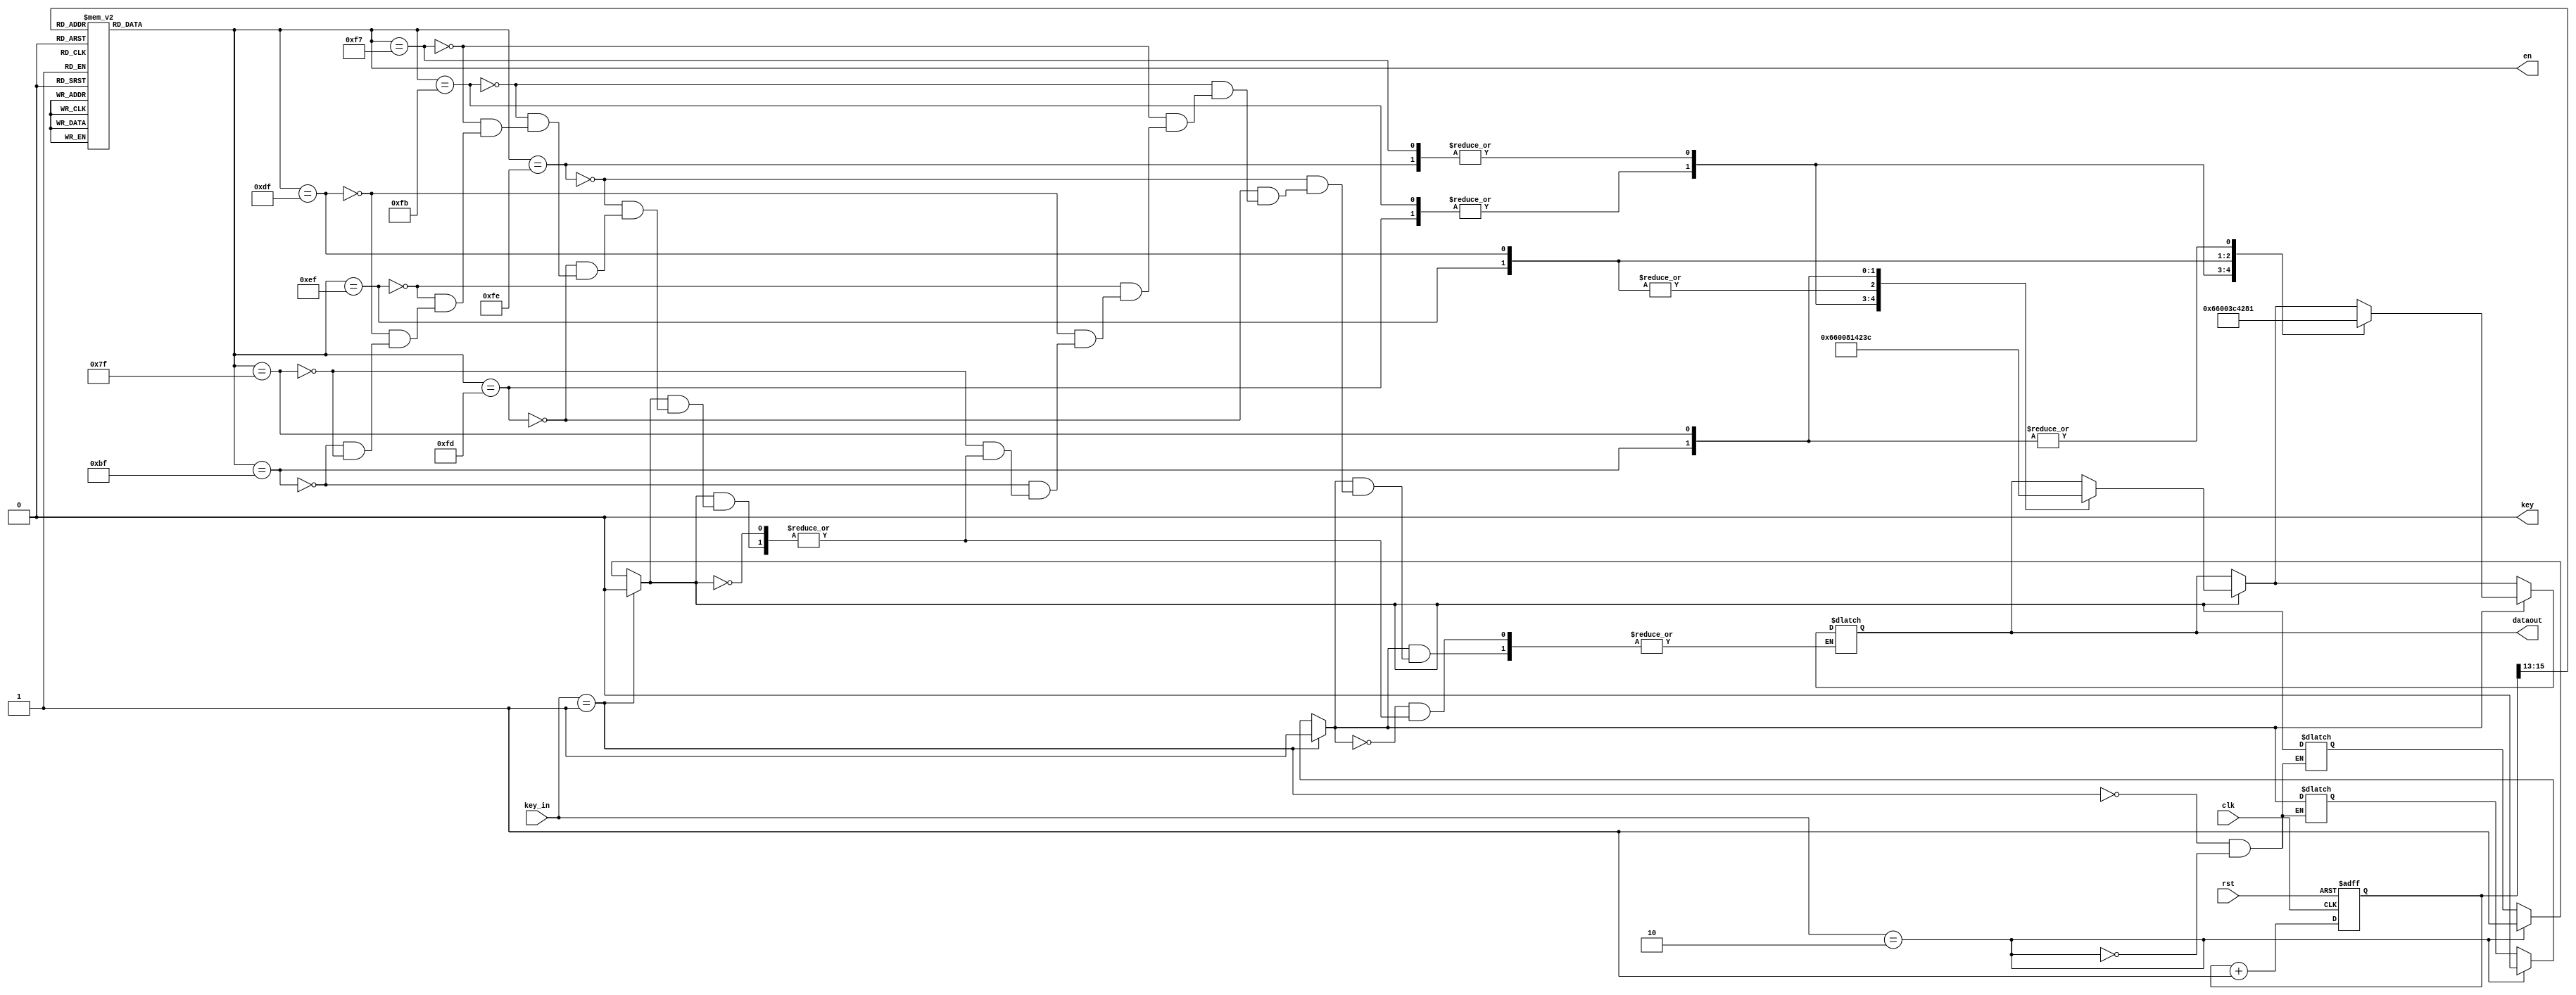
module exam3(clk,rst,dataout,key_in,key,en);
input clk,rst;
input[1:0] key_in;

output key=0;
output reg[7:0] dataout; 
output reg[7:0] en;    
   
reg key_1;
reg key_2;

reg[15:0] cnt_scan;

always@(posedge clk or negedge  rst)
begin
	if(!rst) begin cnt_scan<=0;end
	else begin cnt_scan<=cnt_scan+1;end
end

always @(cnt_scan)
begin
   case(cnt_scan[15:13])
       3'b000 :en = 8'b11111110;
       3'b001 :en = 8'b11111101;
       3'b010 :en = 8'b11111011;
       3'b011 :en = 8'b11110111;
       3'b100 :en = 8'b11101111;
       3'b101 :en = 8'b11011111;
       3'b110 :en = 8'b10111111;
       3'b111 :en = 8'b01111111;
    endcase
end

always@(en) 
begin
	if(key_in == 2'b10)begin key_1 = 1;key_2 = 0;end
	if(key_in == 2'b01)begin key_2 = 1;key_1 = 0;end
	
	if(key_1)begin
	case(en)
		8'b11111110:dataout=8'b00000000;
		8'b11111101:dataout=8'b01100110;
		8'b11111011:dataout=8'b01100110;
		8'b11110111:dataout=8'b00000000;
		8'b11101111:dataout=8'b10000001;
		8'b11011111:dataout=8'b10000001;
		8'b10111111:dataout=8'b01000010;
		8'b01111111:dataout=8'b00111100;
	 endcase
	end
	if(key_2)begin
	case(en)
		8'b11111110:dataout=8'b00000000;
		8'b11111101:dataout=8'b01100110;
		8'b11111011:dataout=8'b01100110;
		8'b11110111:dataout=8'b00000000;
		8'b11101111:dataout=8'b00111100;
		8'b11011111:dataout=8'b01000010;
		8'b10111111:dataout=8'b10000001;
		8'b01111111:dataout=8'b10000001;
	 endcase
	end
end
endmodule